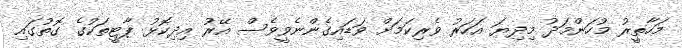
މަހާތީރު މުހަންމަދު މިދިޔަ އަހަރު ވެރިކަމަށް ވަޑައިގެންނެވީވެސް އޭރު އިދިކޮޅު ޕާޓީތަކުގެ ގޮތުގައި